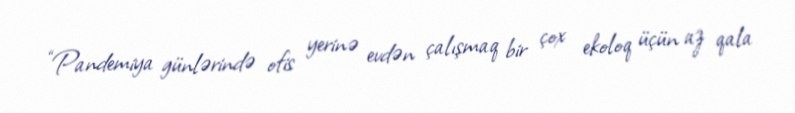
“Pandemiya günlərində ofis yerinə evdən çalışmaq bir çox ekoloq üçün az qala